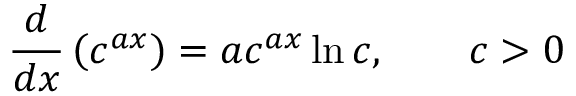
{ \frac { d } { d x } } \left( c ^ { a x } \right) = { a c ^ { a x } \ln c } , \qquad c > 0